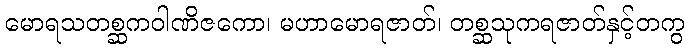
မောရသတစ္ဆကဝါဏိဇကော၊ မဟာမောရဇာတ်၊ တစ္ဆသုကရဇာတ်နှင့်တကွ